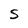
Character: S